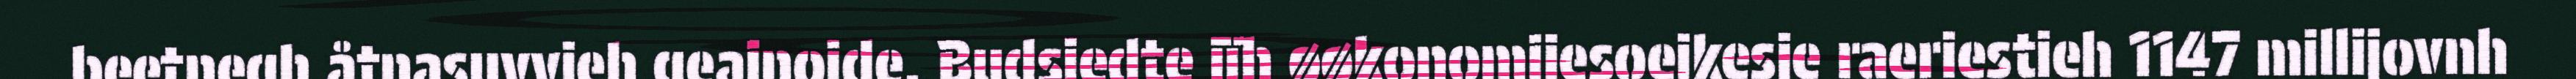
beetnegh åtnasuvvieh geajnojde. Budsjedte jïh øøkonomijesoejkesje raeriestieh 1147 millijovnh